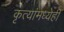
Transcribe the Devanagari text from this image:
कृत्यांमध्येही